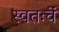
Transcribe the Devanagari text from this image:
स्वतःचें